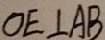
O E \bot A B